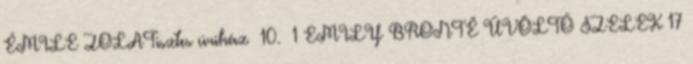
ÉMILE ZOLATisztes úriház 10. 1 EMILY BRONTË ÜVÖLTŐ SZELEK 17